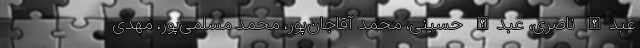
عبدالله ناصری، عبدالله حسینی، محمد آقاجان‌پور، محمد مسلمی‌پور، مهدی